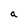
Character: a